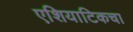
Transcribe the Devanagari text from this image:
एशियाटिकचा